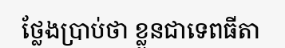
ថ្លែងប្រាប់ថា ខ្លួនជាទេពធីតា